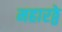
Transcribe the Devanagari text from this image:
महारठ्ठे